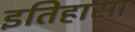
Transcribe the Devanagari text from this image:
इतिहासा